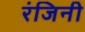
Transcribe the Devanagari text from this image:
रंजिनी